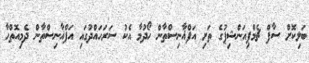
ބަލިކޮށް ސާފް ޗެމްޕިއަންޝިޕުގެ ތަށި އަފްޣާނިސްތާން ހޯދުމާ އެކު ސަރަހައްދުގައި އަފްޣާނިސްތާން ދެމިއޮތްހާ